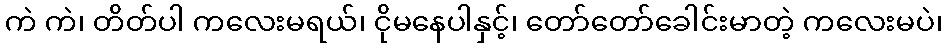
ကဲ ကဲ၊ တိတ်ပါ ကလေးမရယ်၊ ငိုမနေပါနှင့်၊ တော်တော်ခေါင်းမာတဲ့ ကလေးမပဲ၊